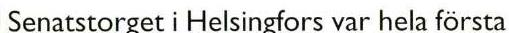
Senatstorget i Helsingfors var hela första